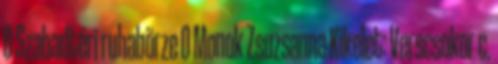
0 Szabadtéri ruhabörze 0 Monok Zsuzsanna Kikelet: Verscsokor c.